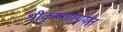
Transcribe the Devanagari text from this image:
श्रीकृष्णापर्यंत